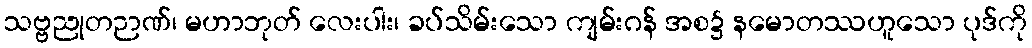
သဗ္ဗညုတဉာဏ်၊ မဟာဘုတ် လေးပါး၊ ခပ်သိမ်းသော ကျမ်းဂန် အစ၌ နမောတဿဟူသော ပုဒ်ကို